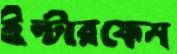
ইন্টারফেস